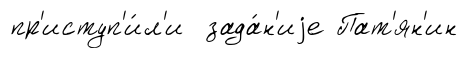
пр'иступ'и́л'и зада́н'иjе Пат'ян'ин